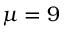
\protect \mu = 9